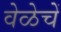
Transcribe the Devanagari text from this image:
वेळेचें